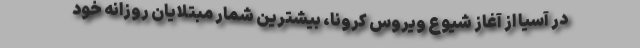
در آسیا از آغاز شیوع ویروس کرونا، بیشترین شمار مبتلایان روزانه خود